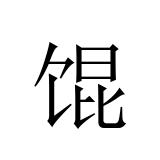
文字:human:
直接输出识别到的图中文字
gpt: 馄